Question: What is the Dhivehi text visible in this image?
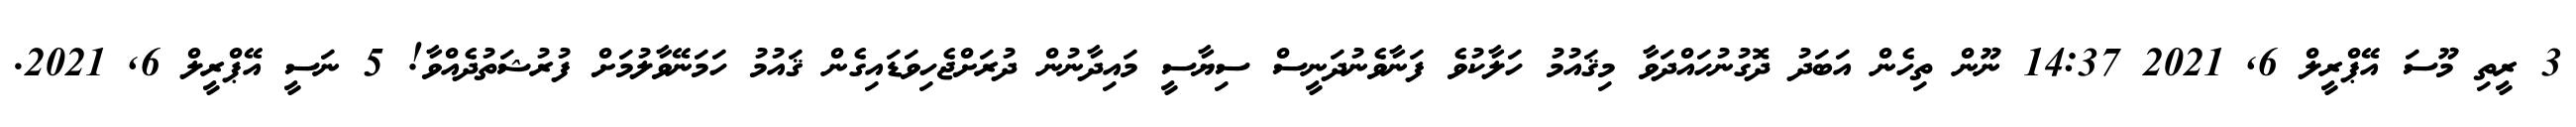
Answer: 3 ރީތި މޫސަ އޭޕްރީލް 6, 2021 14:37 ނޫން ތިހެން އަބަދު ދޮގުނުހައްދަވާ މިޤައުމު ހަލާކުވެ ފަނާވެނުދަނީސް ސިޔާސީ މައިދާނުން ދުރަށްޖެހިވަޑައިގެން ޤައުމު ހަމަނޭވާލުމަށް ފުރުޝަތުދެއްވާ! 5 ނަސީ އޭޕްރީލް 6, 2021.